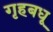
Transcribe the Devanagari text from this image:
गृहबधू